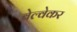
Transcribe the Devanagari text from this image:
बेल्वेकर